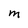
Character: m